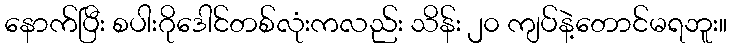
နောက်ပြီး စပါးဂိုဒေါင်တစ်လုံးကလည်း သိန်း ၂၀ ကျပ်နဲ့တောင်မရဘူး။